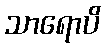
သာရောပိ